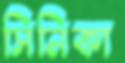
সিনিকা